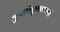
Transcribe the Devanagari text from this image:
शुम्भनिशुम्भकपालधरे